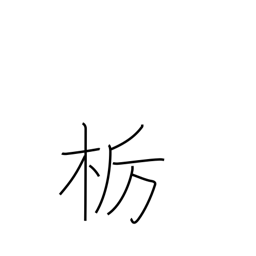
Meaning: horse chestnut